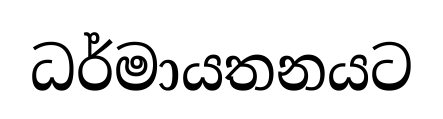
ධර්මායතනයට